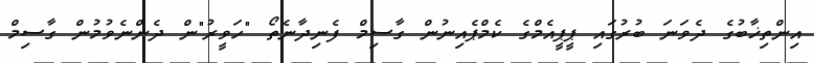
އިންތިޚާބުގެ ދެވަނަ ބުރުގައި ޕީޕީއެމްގެ ކެމްޕެއިނުން ގާސިމް ފެނިދާނެތޯ "ހަވީރު"ން ދެންނެވުމުން ގާސިމް